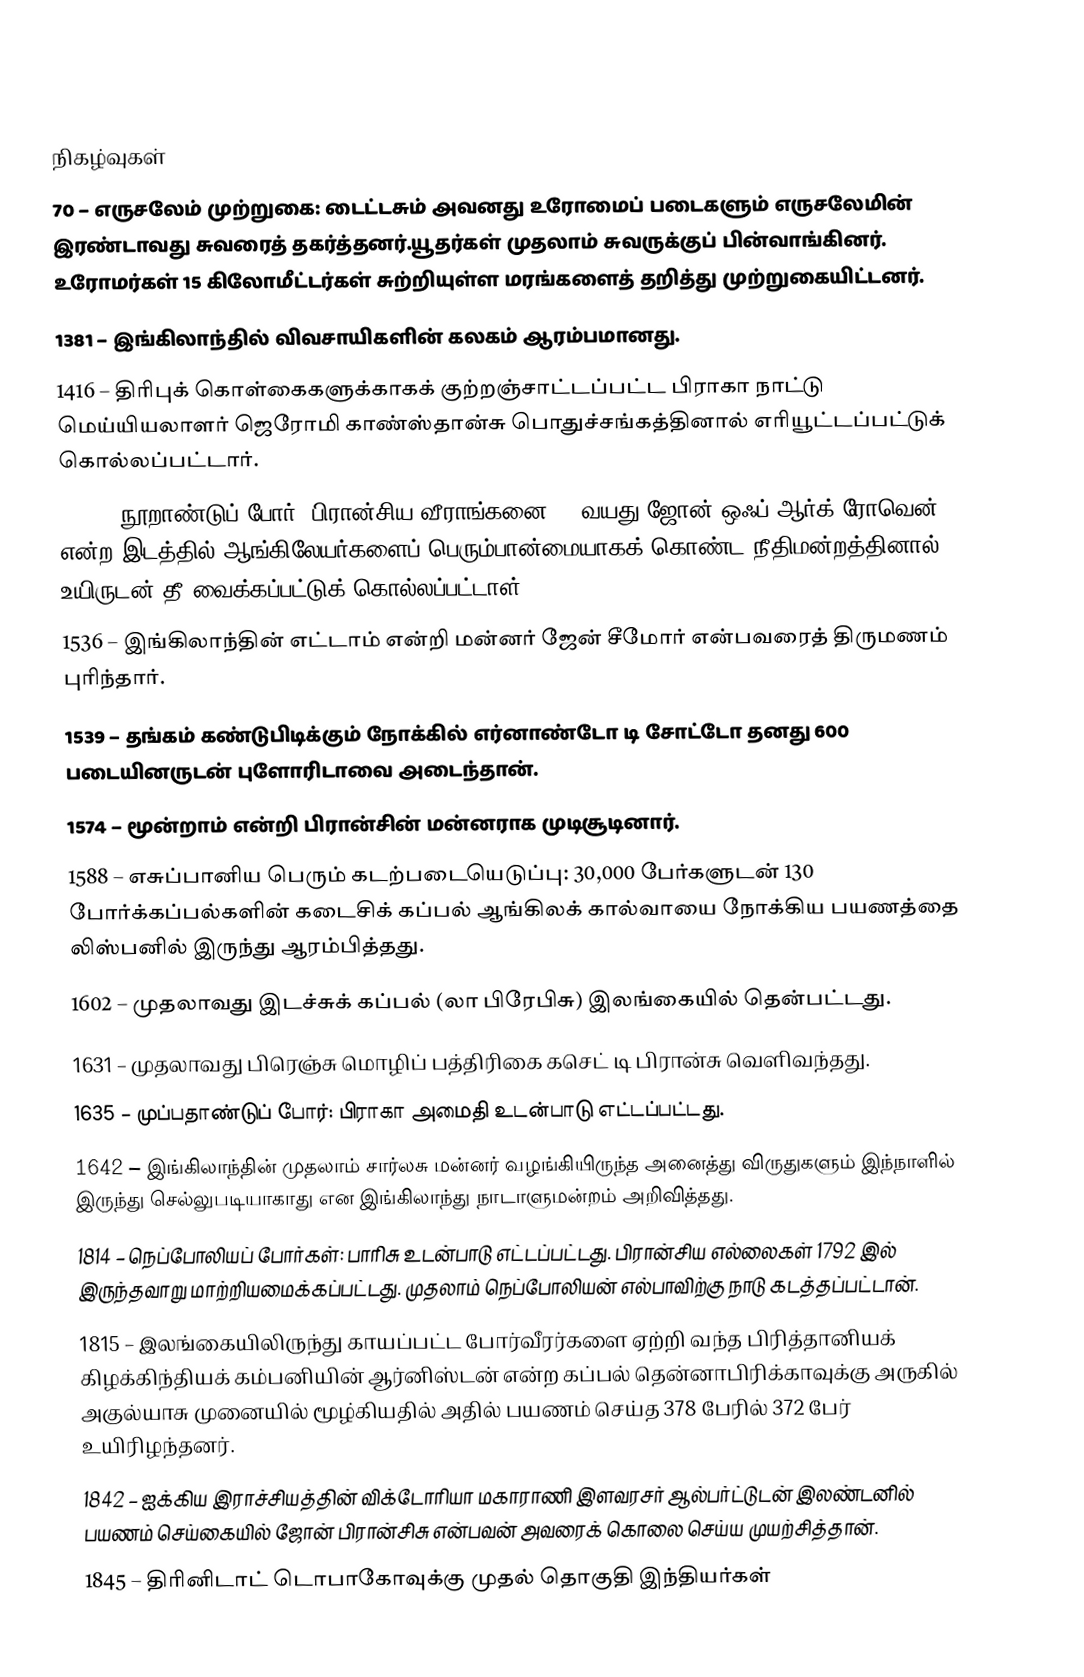

நிகழ்வுகள்
  70 – எருசலேம் முற்றுகை: டைட்டசும் அவனது உரோமைப் படைகளும் எருசலேமின் இரண்டாவது சுவரைத் தகர்த்தனர்.யூதர்கள் முதலாம் சுவருக்குப் பின்வாங்கினர். உரோமர்கள் 15 கிலோமீட்டர்கள் சுற்றியுள்ள மரங்களைத் தறித்து முற்றுகையிட்டனர்.
1381 – இங்கிலாந்தில் விவசாயிகளின் கலகம் ஆரம்பமானது.
1416 – திரிபுக் கொள்கைகளுக்காகக் குற்றஞ்சாட்டப்பட்ட பிராகா நாட்டு மெய்யியலாளர் ஜெரோமி காண்ஸ்தான்சு பொதுச்சங்கத்தினால் எரியூட்டப்பட்டுக் கொல்லப்பட்டார்.
1431 – நூறாண்டுப் போர்: பிரான்சிய வீராங்கனை 19 வயது ஜோன் ஒஃப் ஆர்க் ரோவென் என்ற இடத்தில் ஆங்கிலேயர்களைப் பெரும்பான்மையாகக் கொண்ட நீதிமன்றத்தினால் உயிருடன் தீ வைக்கப்பட்டுக் கொல்லப்பட்டாள்.
1536 – இங்கிலாந்தின் எட்டாம் என்றி மன்னர் ஜேன் சீமோர் என்பவரைத் திருமணம் புரிந்தார்.
1539 – தங்கம் கண்டுபிடிக்கும் நோக்கில் எர்னாண்டோ டி சோட்டோ தனது 600 படையினருடன் புளோரிடாவை அடைந்தான்.
1574 – மூன்றாம் என்றி பிரான்சின் மன்னராக முடிசூடினார்.
1588 – எசுப்பானிய பெரும் கடற்படையெடுப்பு: 30,000 பேர்களுடன் 130 போர்க்கப்பல்களின் கடைசிக் கப்பல் ஆங்கிலக் கால்வாயை நோக்கிய பயணத்தை லிஸ்பனில் இருந்து ஆரம்பித்தது.
1602 – முதலாவது இடச்சுக் கப்பல் (லா பிரேபிசு) இலங்கையில் தென்பட்டது.
1631 – முதலாவது பிரெஞ்சு மொழிப் பத்திரிகை கசெட் டி பிரான்சு வெளிவந்தது.
1635 – முப்பதாண்டுப் போர்: பிராகா அமைதி உடன்பாடு எட்டப்பட்டது.
1642 – இங்கிலாந்தின் முதலாம் சார்லசு மன்னர் வழங்கியிருந்த அனைத்து விருதுகளும் இந்நாளில் இருந்து செல்லுபடியாகாது என இங்கிலாந்து நாடாளுமன்றம் அறிவித்தது.
1814 – நெப்போலியப் போர்கள்: பாரிசு உடன்பாடு எட்டப்பட்டது. பிரான்சிய எல்லைகள் 1792 இல் இருந்தவாறு மாற்றியமைக்கப்பட்டது. முதலாம் நெப்போலியன் எல்பாவிற்கு நாடு கடத்தப்பட்டான்.
1815 – இலங்கையிலிருந்து காயப்பட்ட போர்வீரர்களை ஏற்றி வந்த பிரித்தானியக் கிழக்கிந்தியக் கம்பனியின் ஆர்னிஸ்டன் என்ற கப்பல் தென்னாபிரிக்காவுக்கு அருகில் அகுல்யாசு முனையில் மூழ்கியதில் அதில் பயணம் செய்த 378 பேரில் 372 பேர் உயிரிழந்தனர்.
1842 – ஐக்கிய இராச்சியத்தின் விக்டோரியா மகாராணி இளவரசர் ஆல்பர்ட்டுடன் இலண்டனில் பயணம் செய்கையில் ஜோன் பிரான்சிசு என்பவன் அவரைக் கொலை செய்ய முயற்சித்தான்.
1845 – திரினிடாட் டொபாகோவுக்கு முதல் தொகுதி இந்தியர்கள்